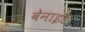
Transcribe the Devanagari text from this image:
बेनाइट